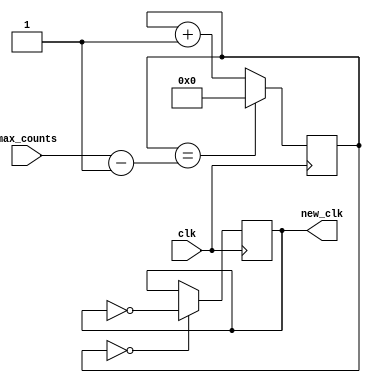
`timescale 1ns / 1ps
//////////////////////////////////////////////////////////////////////////////////
// Company: 
// Engineer: 
// 
// Design Name: 
// Module Name: slow_clock
// Project Name: 
// Target Devices: 
// Tool Versions: 
// Description: 
// 
// Dependencies: 
// 
// Revision:
// Revision 0.01 - File Created
// Additional Comments:
// 
//////////////////////////////////////////////////////////////////////////////////


module slow_clock(
    input clk, 
    input [31:0] max_counts,
    output reg new_clk = 0
    );
    
    // Formula for converting frequency to max_counts. Max Counts = 100M / required_frequency / 2 
    // Eg. 6.25MHz: (100M/6.25M) / 2 = 16/2 = 8 --> max_count = 8
    
    reg [31:0]counter_32bits = 1;
    
    always @(posedge clk)
    begin
        counter_32bits <= (counter_32bits == max_counts - 1) ? 0 : counter_32bits + 1;
        new_clk <= (counter_32bits == 0) ? ~new_clk : new_clk;
    end
endmodule